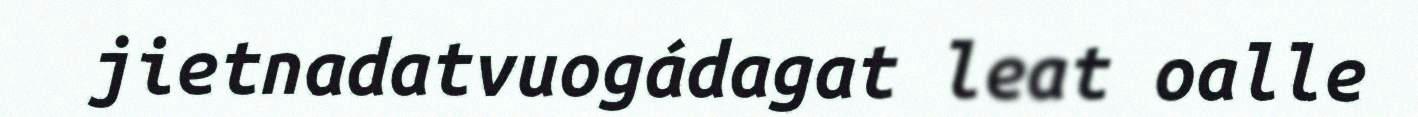
jietnadatvuogádagat leat oalle